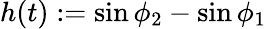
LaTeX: h(t):=\sin{\phi_{2}}-\sin{\phi_{1}}